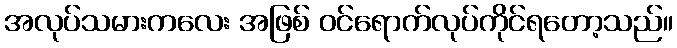
အလုပ်သမားကလေး အဖြစ် ဝင်ရောက်လုပ်ကိုင်ရတော့သည်။